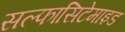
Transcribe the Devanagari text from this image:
सल्फासिटेमाइड